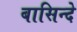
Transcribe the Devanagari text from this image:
बासिन्दे